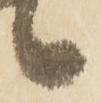
候